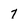
Character: 7